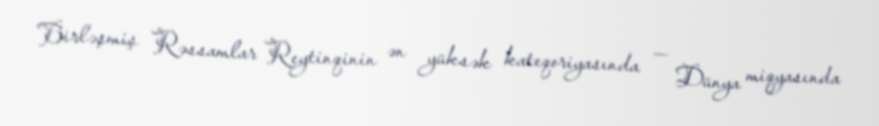
Birləşmiş Rəssamlar Reytinqinin ən yüksək kateqoriyasında — Dünya miqyasında